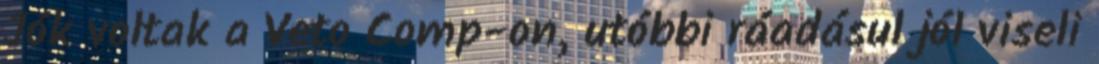
Jók voltak a Veto Comp-on, utóbbi ráadásul jól viseli